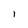
Character: 1